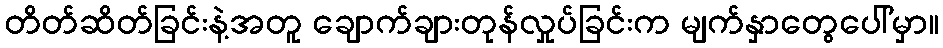
တိတ်ဆိတ်ခြင်းနဲ့အတူ ချောက်ချားတုန်လှုပ်ခြင်းက မျက်နှာတွေပေါ်မှာ။